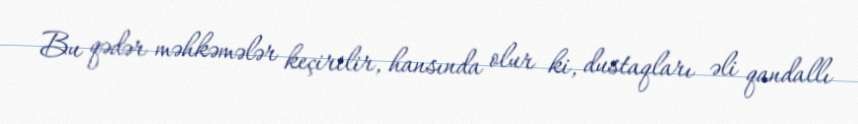
Bu qədər məhkəmələr keçirilir, hansında olur ki, dustaqları əli qandallı